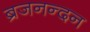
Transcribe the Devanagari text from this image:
ब्रजनन्दन